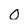
Character: 0